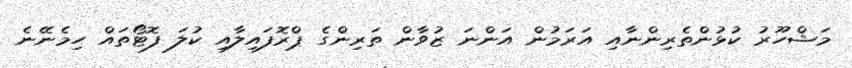
މަޝްހޫރު ކުޅުންތެރިންނާއި އަރަމުން އަންނަ ޒުވާން ތަރިންގެ ޕްރޮފައިލާއި ކުލަ ފޮޓޯތައް ހިމެނޭނެ